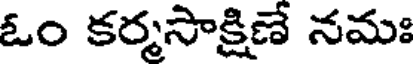
ఓం కర్మసాక్షిణే నమః